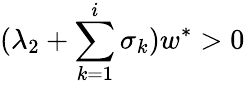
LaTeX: (\lambda_{2}+\sum_{k=1}^{i}\sigma_{k})w^{\ast}>0